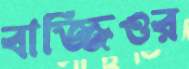
বাজ্জিওর